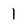
Character: 1